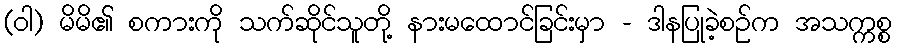
(ဝါ) မိမိ၏ စကားကို သက်ဆိုင်သူတို့ နားမထောင်ခြင်းမှာ - ဒါနပြုခဲ့စဉ်က အသက္ကစ္စ